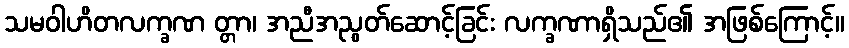
သမဝါဟိတလက္ခဏ တ္တာ၊ အညီအညွတ်ဆောင့်ခြင်း လက္ခဏာရှိသည်၏ အဖြစ်ကြောင့်။